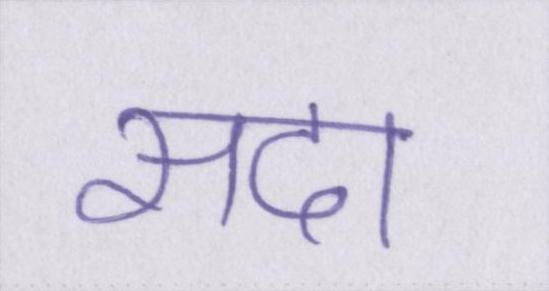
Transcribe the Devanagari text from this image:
सदा